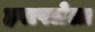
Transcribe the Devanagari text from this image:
हपापलेला